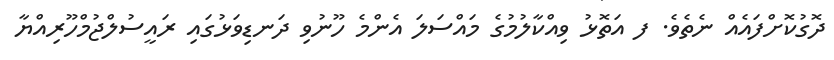
ދޮގުކޮށްފައެއް ނެތެވެ. ފ އަތޮޅު ވިއްކާލުމުގެ މައްސަލަ އެންމެ ހޫނުވި ދަނޑިވަޅުގައި ރައީސުލްޖުމްހޫރިއްޔާ